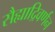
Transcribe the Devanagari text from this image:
सैह्याद्रिवर्णन